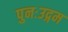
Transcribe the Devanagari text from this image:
पुनःउद्गम